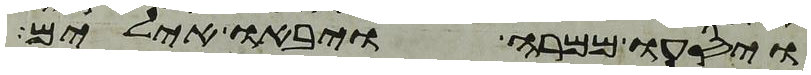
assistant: ויסעו ממרה ויבאו אילים